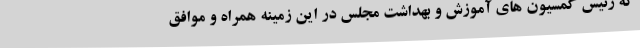
که رئیس کمسیون های آموزش و بهداشت مجلس در این زمینه همراه و موافق